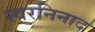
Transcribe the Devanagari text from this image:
स्वरनिनाद